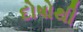
દોષોથી